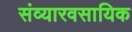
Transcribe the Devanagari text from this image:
संव्यारवसायिक